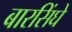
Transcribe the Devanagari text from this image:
बारसिंघे